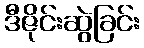
ဒီဇိုင်းဆွဲခြင်း